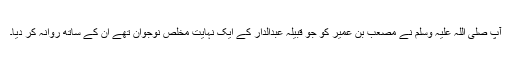
آپ صلی اللہ علیہ وسلم نے مُصْعَبْ بن عُمَیر کو جو قبیلہ عبدالدَّار کے ایک نہایت مخلص نوجوان تھے ان کے ساتھ روانہ کر دیا۔